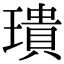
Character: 璝